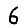
Digit: 6